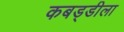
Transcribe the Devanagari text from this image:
कबड्डीला